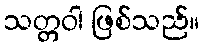
သတ္တဝါ ဖြစ်သည်။